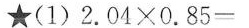
★(1)2.04 × 0.85=